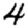
Digit: 4